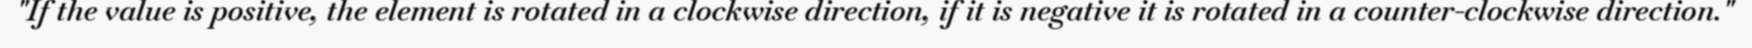
"If the value is positive, the element is rotated in a clockwise direction, if it is negative it is rotated in a counter-clockwise direction."